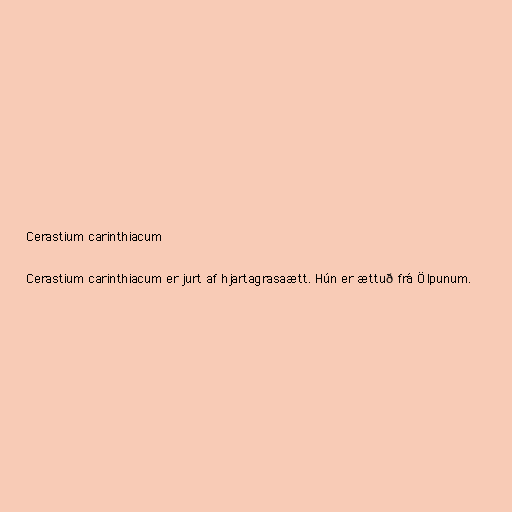
Cerastium carinthiacum

Cerastium carinthiacum er jurt af hjartagrasaætt. Hún er ættuð frá Ölpunum.